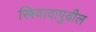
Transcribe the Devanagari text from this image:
स्त्रिवादापुढील